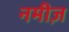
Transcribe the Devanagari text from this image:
नमीज़